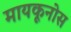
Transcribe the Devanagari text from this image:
मायकूनोस